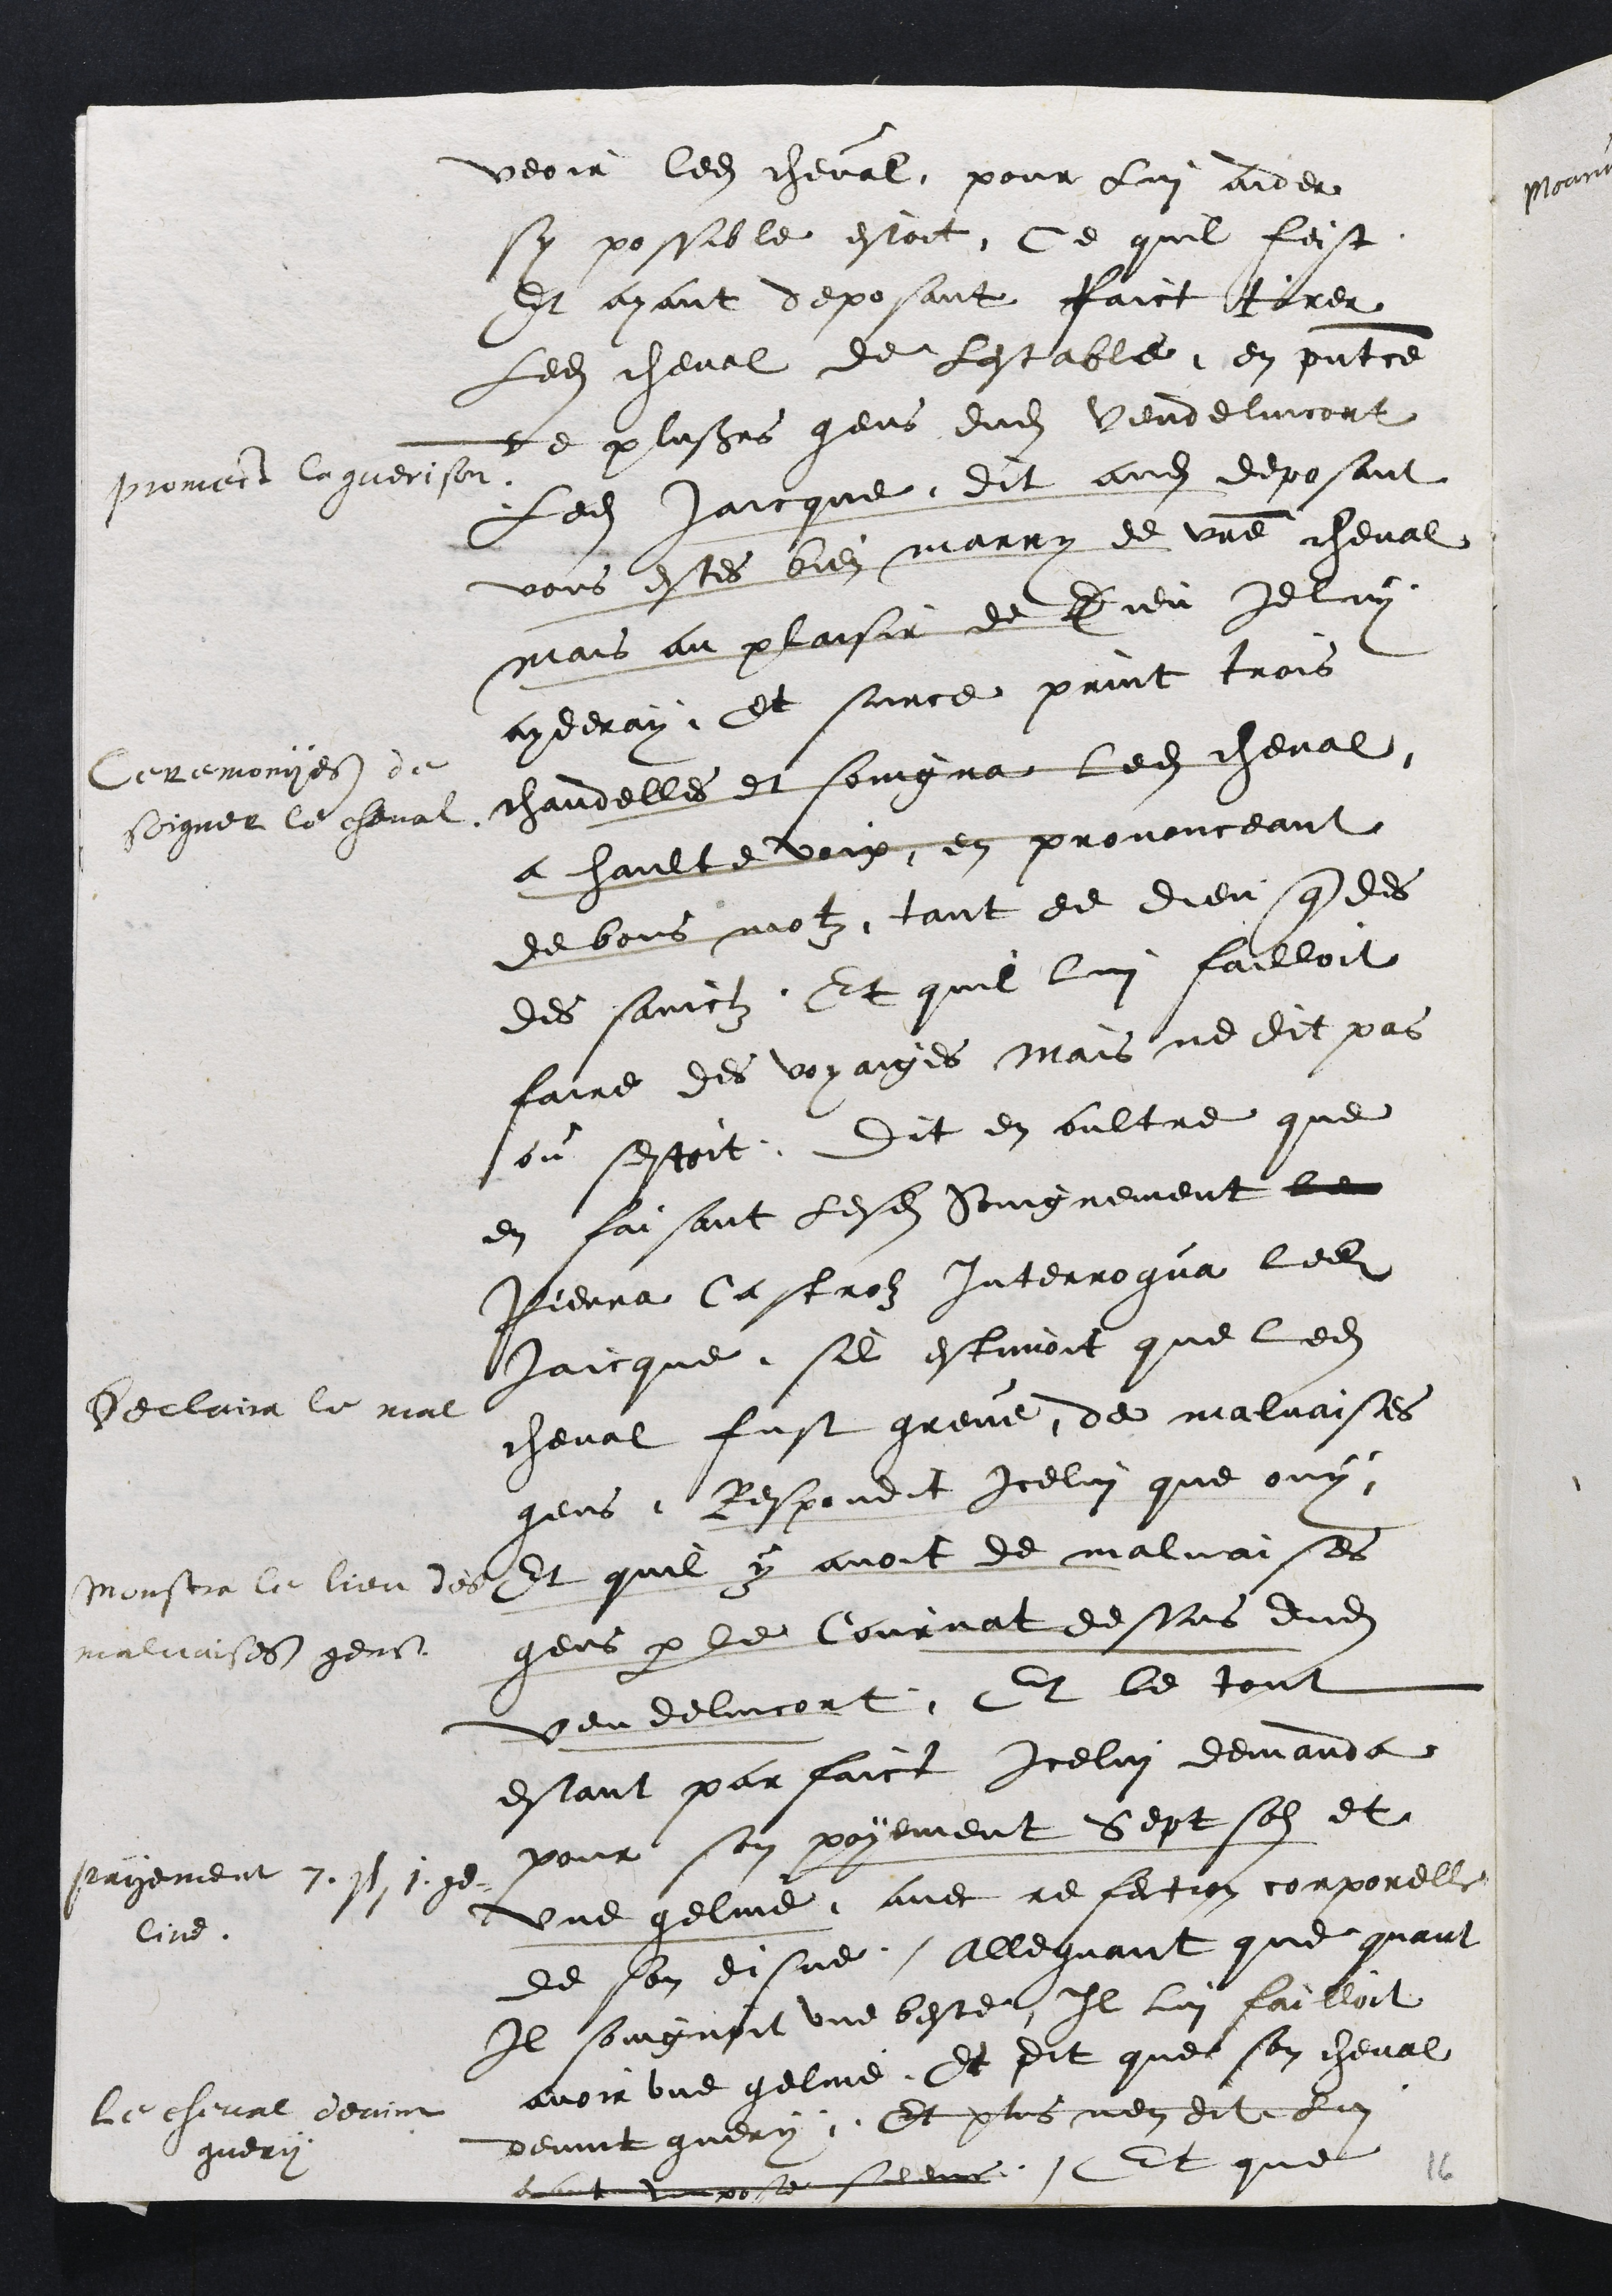
veoir ledit cheval pour lui aider
sy possible estoit, Ce quil feist
Et ayant deposant faict tirer
Ledit cheval de lestable en presence
de plusieurs gens dudit Vendelincort
Promect la querison
Ledit Jaicque dit audit deposant
vous estes bien marry de vre cheval
mais au plaisir de Dieu Je luy
ayderay.
Ceremonyes du
soigner le cheval
Et surce print trois
chandelles et soingna ledit cheval
a haulte voix en prononceant
de bons motz tant de dieu que des
des sainctz. Et quil lui failloit
faire des voyaiges Mais ne dit pas
ou sestoit.
Declaira le mal
Dit en oultre que
en faisant lesdits Soingnement le
Pierra Castrolz interrogua ledit
Jaicque sil estimoit que ledit
cheval fust greve de malvaises
gens.
Monstra la lieu des
malvaises gens
Respondit Icelui que ouy
Et quil y avoit de malvaises
gens par le Cournat dessus dudit
Vendelincort Et le tout
estant parfaict
Payement 7. s. 1ge-
line
Icelui demanda
pour son payement Sept solz et
une geline avec refection corporelle
de son disne alleguant que quant
Il soingnoit une beste Il lui failloit
avoir une geline
La cheval devint
guery
Et dit que son cheval
devint guery Et plus nen dit lui
aiant impose silence Et que
16